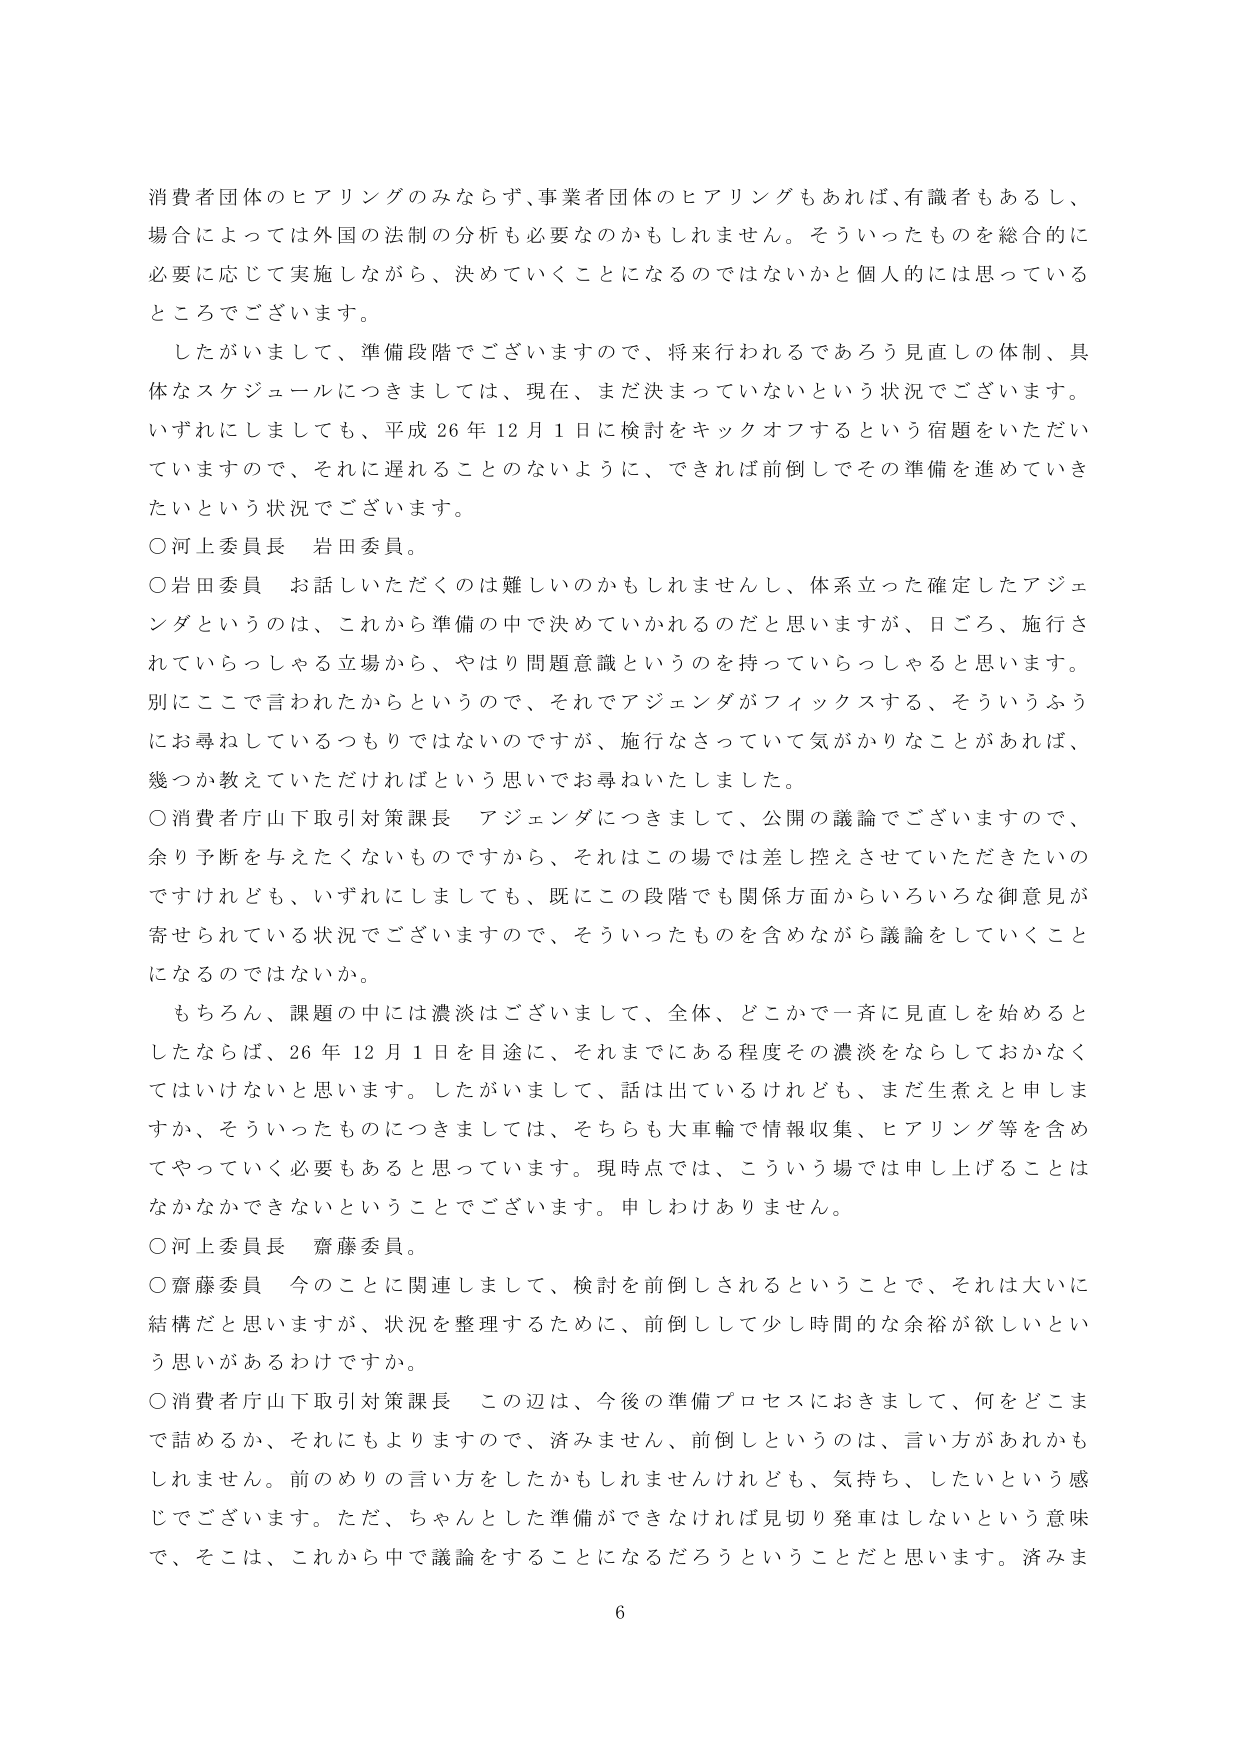
消費者団体のヒアリングのみならず、事業者団体のヒアリングもあれば、有識者もあるし、
場合によっては外国の法制の分析も必要なのかもしれません。そういったものを総合的に
必要に応じて実施しながら、決めていくことになるのではないかと個人的には思っている
ところでございます。

したがいまして、準備段階でございますので、将来行われるであろう見直しの体制、具
体的なスケジュールにつきましては、現在、まだ決まっていないという状況でございます。
いずれにしましても、平成26年12月1日に検討をキックオフするという宿題をいただいて
いますので、それに遅れることのないように、できれば前倒しでその準備を進めていき
たいという状況でございます。

○河上委員長 岩田委員。

○岩田委員 お話しいただくのは難しいのかもしれませんし、体系立った確定したアジェ
ンダというのは、これから準備の中で決めていかれるのだと思いますが、日ごろ、施行さ
れていらっしゃる立場から、やはり問題意識というのを持っていらっしゃると思います。
別にここで言われたからというので、それでアジェンダがフィックスする、そういうふう
にお尋ねしているつもりではないのですが、施行なさっていて気がかりなことがあれば、
幾つか教えていただければという思いでお尋ねいたしました。

○消費者庁山下取引対策課長 アジェンダにつきまして、公開の議論でございますので、
余り予断を与えたくないものですから、それはこの場では差し控えさせていただきたいの
ですけれども、いずれにしましても、既にこの段階でも関係方面からいろいろな御意見が
寄せられている状況でございますので、そういったものを含めながら議論をしていくこと
になるのではないか。

もちろん、課題の中には濃淡はございまして、全体、どこかで一斉に見直しを始めると
したならば、26年12月1日を目途に、それまでにある程度その濃淡をならしておかなく
てはいけないと思います。したがいまして、話は出ているけれども、まだ生煮えと申しま
すか、そういったものにつきましては、それらも大車輪で情報収集、ヒアリング等を含め
てやっていく必要もあると思っています。現時点では、こういう場では申し上げることは
なかなかできないということでございます。申しわけありません。

○河上委員長 齋藤委員。

○齋藤委員 今のことに関連しまして、検討を前倒しされるということで、それは大いに
結構だと思いますが、状況を整理するために、前倒しして少し時間的な余裕が欲しいとい
う思いがあるわけですか。

○消費者庁山下取引対策課長 この辺は、今後の準備プロセスにおきまして、何をどこま
で話めるか、それにもよりますので、済みません、前倒しというのは、言い方があれかも
しれません。前のめりの言い方をしたかもしれませんが、気持ち、したいという感
じでございます。ただ、ちゃんとした準備ができなければ見切り発車はしないという意味
で、そこは、これから中で議論することになるだろうということだと思います。済みま

6